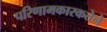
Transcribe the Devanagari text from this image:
परिणामकारकतेने